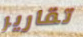
تقارير